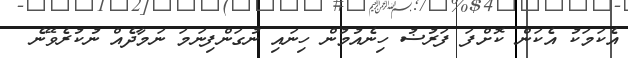
އެކަމަކު އެކަން ކޮށްފަ ފަރުޟު ހިނެއުމުން ހިނައި ނުގަންފިނަމަ ނަމާދެއް ނުކުރެވޭނެ